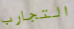
التجارب